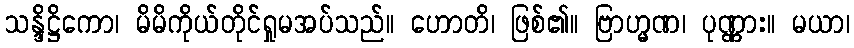
သန္ဒိဋ္ဌိကော၊ မိမိကိုယ်တိုင်ရှုမအပ်သည်။ ဟောတိ၊ ဖြစ်၏။ ဗြာဟ္မဏ၊ ပုဏ္ဏား။ မယာ၊